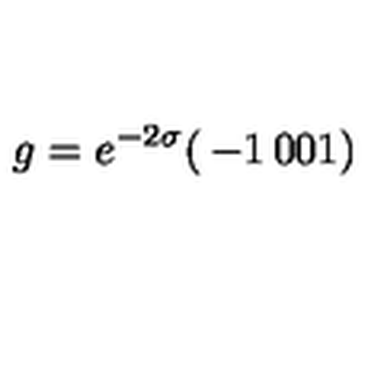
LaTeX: g = e ^ { - 2 \sigma } { \left( \begin{matrix} { - 1 } & { 0 } \\ { 0 } & { 1 } \\ \end{matrix} \right) }